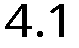
4.1